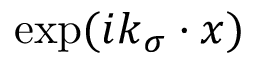
\exp ( i \boldsymbol { k } _ { \sigma } \boldsymbol { \cdot } \boldsymbol { x } )